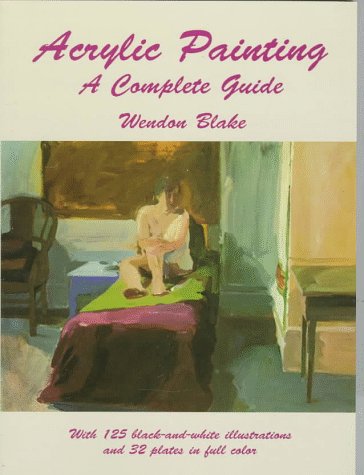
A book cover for Acrylic Painting: A Complete Guide; Wendon Blake; Arts & Photography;